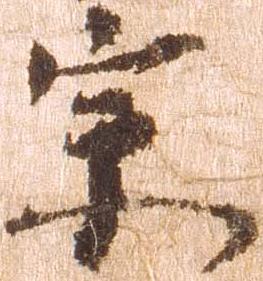
宗